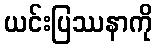
ယင်းပြဿနာကို